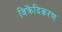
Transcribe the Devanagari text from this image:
विक्रेंदिकरण